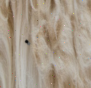
٠